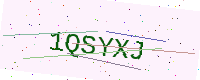
Text: 1QSYXJ